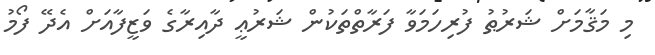
މި މަޤާމަށް ޝަރުޠު ފުރިހަމަވާ ފަރާތްތަކުން ޝަރުޢީ ދާއިރާގެ ވަޒީފާއަށް އެދޭ ފޯމު